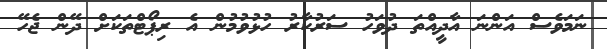
ނަމަވެސް އަންނަ އާދީއްތަ ދުވަހު ސަރުކާރު ހުޅުވުމުން އެ ރިޕޯޓްތަކަށް ދޭން ޖެހޭ